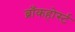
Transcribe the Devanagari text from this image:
ब्राँकहोर्स्ट